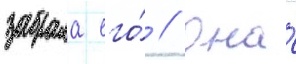
забрала его́ // Она́